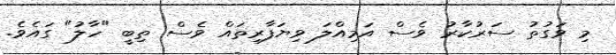
މި ވަގުތު ސަރުކާރު ވެސް އަމިއްލަ ވިޔަފާރިތައް ވެސް ތިބީ "ހާލު" ގައެވެ.